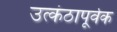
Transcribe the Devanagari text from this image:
उत्कंठापूर्वक